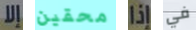
إلا محقين إذا في